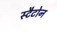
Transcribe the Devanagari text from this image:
स्टैटोन